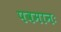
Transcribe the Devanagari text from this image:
पवमानः